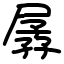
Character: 孱